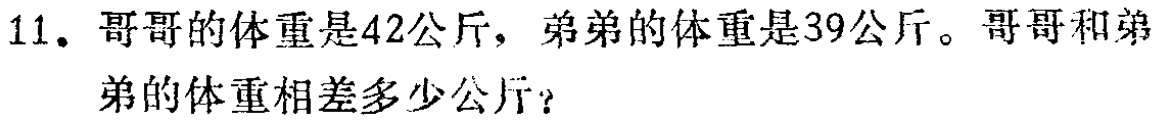
11. 哥哥的体重是42公斤，弟弟的体重是39公斤。哥哥和弟弟的体重相差多少公斤？